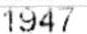
1947